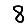
Digit: 8